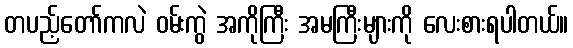
တပည့်တော်ကလဲ ဝမ်းကွဲ အကိုကြီး အမကြီးများကို လေးစားရပါတယ်။